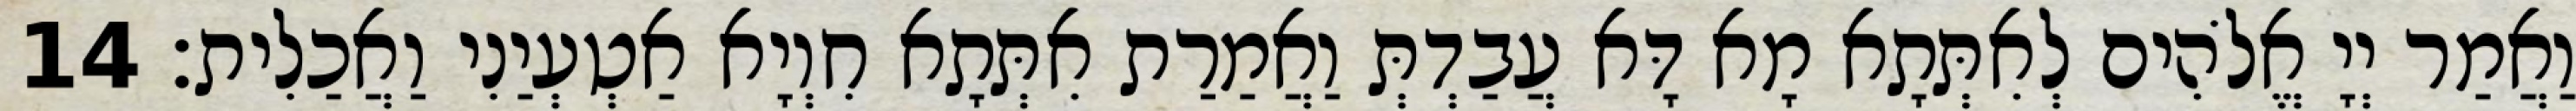
וַאֲמַר יְיָ אֱלֹהִים לְאִתְּתָא מָא דָּא עֲבַדְתְּ וַאֲמַרַת אִתְּתָא חִוְיָא אַטְעְיַנִי וַאֲכַלִית׃ 14